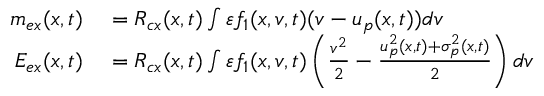
\begin{array} { r l } { m _ { e x } ( x , t ) } & { { } = R _ { c x } ( x , t ) \int \varepsilon f _ { 1 } ( x , v , t ) ( v - u _ { p } ( x , t ) ) d v } \\ { E _ { e x } ( x , t ) } & { { } = R _ { c x } ( x , t ) \int \varepsilon f _ { 1 } ( x , v , t ) \left( \frac { v ^ { 2 } } { 2 } - \frac { u _ { p } ^ { 2 } ( x , t ) + \sigma _ { p } ^ { 2 } ( x , t ) } { 2 } \right) d v } \end{array}